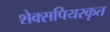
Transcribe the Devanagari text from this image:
शेक्सपियरकृत